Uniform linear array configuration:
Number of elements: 8
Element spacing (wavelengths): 0.75
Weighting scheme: cosine
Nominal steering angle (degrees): -60
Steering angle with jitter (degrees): -60.448
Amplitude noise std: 0.05
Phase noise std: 0.05

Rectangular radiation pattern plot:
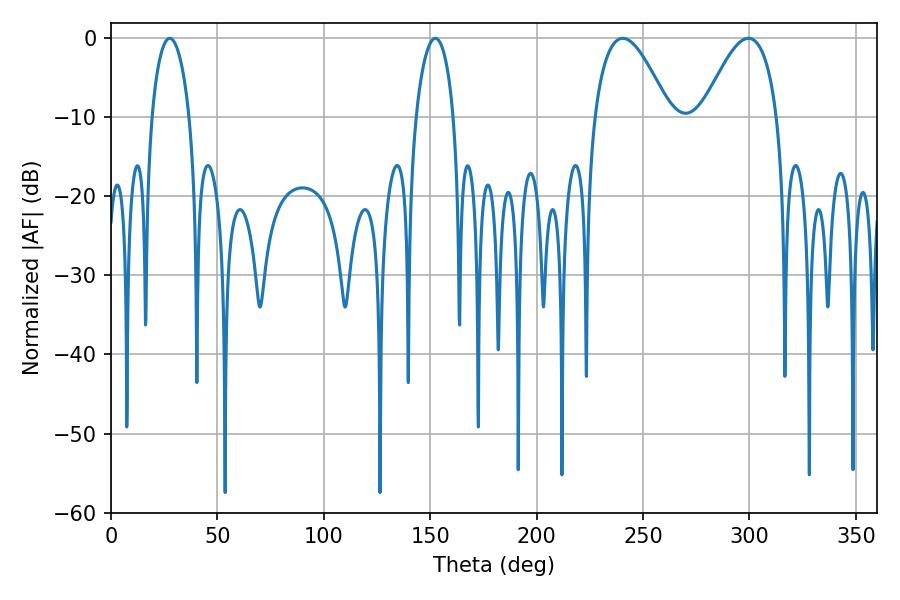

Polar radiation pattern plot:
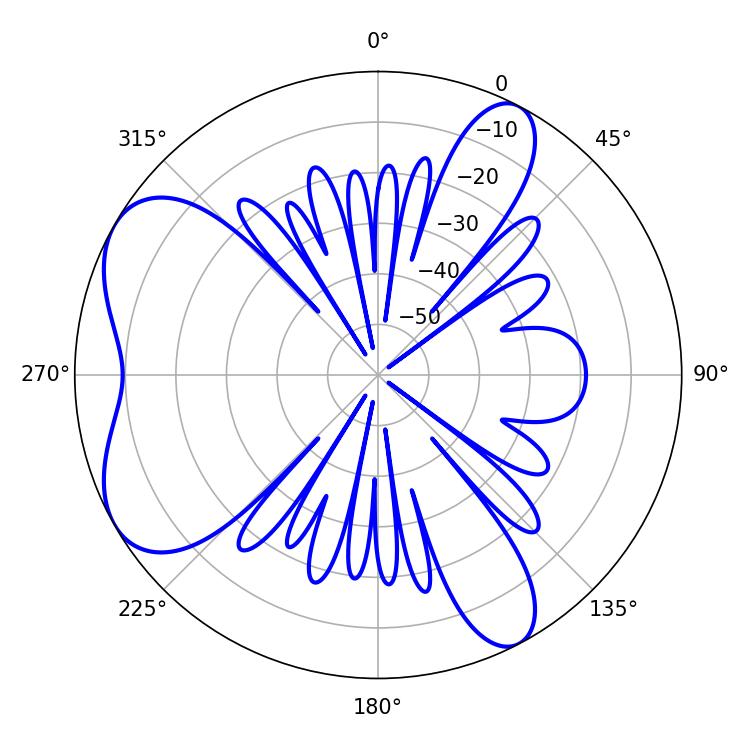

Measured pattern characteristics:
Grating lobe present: TRUE
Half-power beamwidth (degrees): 19.08
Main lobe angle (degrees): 240.48